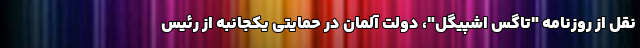
نقل از روزنامه "تاگس اشپیگل"، دولت آلمان در حمایتی یکجانبه از رئیس